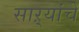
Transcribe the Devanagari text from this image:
साऱ्यांचे